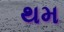
થમ